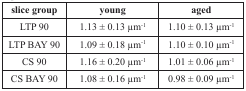
<table><thead><tr><td><b>slice group</b></td><td><b>young</b></td><td><b>aged</b></td></tr></thead><tbody><tr><td>LTP 90</td><td>1.13 ± 0.13 μm<sup>−1</sup></td><td>1.10 ± 0.13 μm<sup>−1</sup></td></tr><tr><td>LTP BAY 90</td><td>1.09 ± 0.18 μm<sup>−1</sup></td><td>1.10 ± 0.10 μm<sup>−1</sup></td></tr><tr><td>CS 90</td><td>1.16 ± 0.20 μm<sup>−1</sup></td><td>1.01 ± 0.06 μm<sup>−1</sup></td></tr><tr><td>CS BAY 90</td><td>1.08 ± 0.16 μm<sup>−1</sup></td><td>0.98 ± 0.09 μm<sup>−1</sup></td></tr></tbody></table>